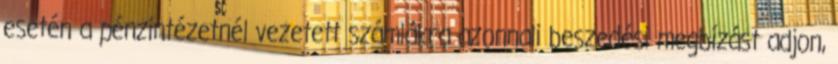
esetén a pénzintézetnél vezetett számlákra azonnali beszedési megbízást adjon,